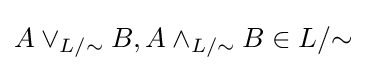
A\vee _{L/{\sim }}B,A\wedge _{L/{\sim }}B\in L/{\sim }